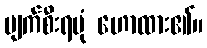
ပျက်စီးရပုံ ဟောထား၏။